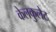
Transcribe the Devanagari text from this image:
केलकुलेट